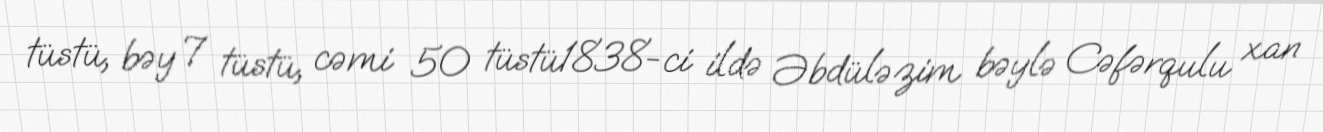
tüstü, bəy 7 tüstü, cəmi 50 tüstü1838-ci ildə Əbdüləzim bəylə Cəfərqulu xan